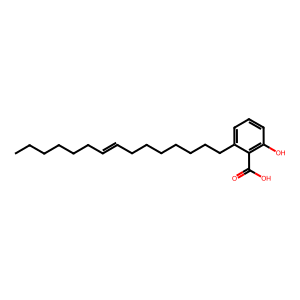
SMILES: CCCCCCC=CCCCCCCCc1cccc(O)c1C(=O)O
Inhibits HIV replication: No